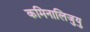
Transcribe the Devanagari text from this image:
कमिनालिजुयु